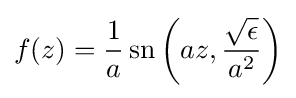
f(z)={\frac {1}{a}}\operatorname {sn} \left(az,{\frac {\sqrt {\epsilon }}{a^{2}}}\right)